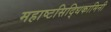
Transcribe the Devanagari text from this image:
महाष्टसिद्धिकामिनी